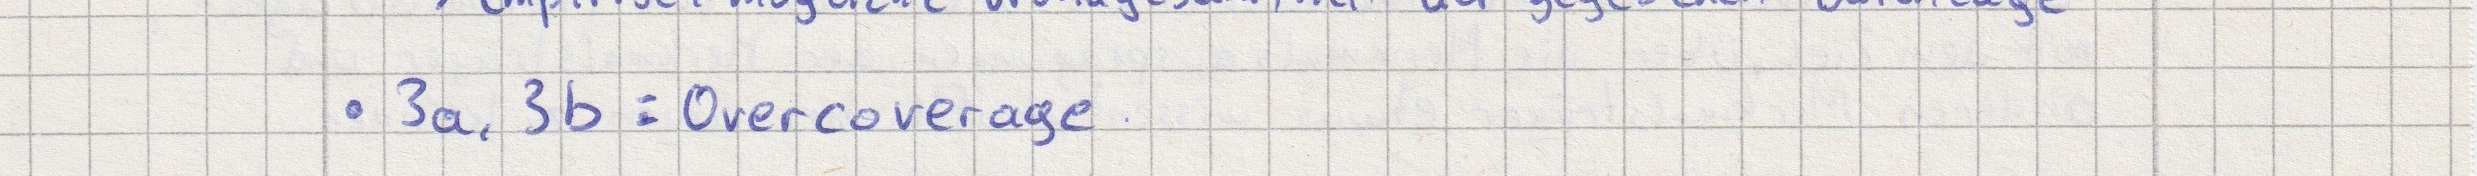
- 3a, 3b: Overcoverage